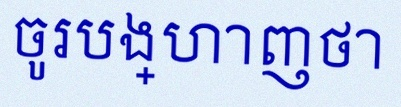
ចូរបង្ហាញថា